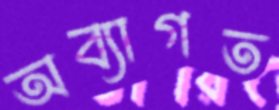
অব্যাগত